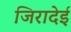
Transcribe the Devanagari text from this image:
जिरादेई